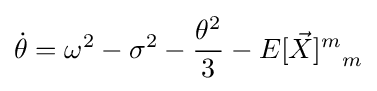
{\dot {\theta }}=\omega ^{2}-\sigma ^{2}-{\frac {\theta ^{2}}{3}}-{E[{\vec {X}}]^{m}}_{m}